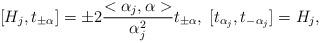
LaTeX: \begin{align*}[H_{j},t_{\pm \alpha}]=\pm 2\frac{<\alpha_{j},\alpha>}{\alpha_{j}^{2}}t_{\pm \alpha},\;[t_{\alpha_{j}},t_{-\alpha_{j}}]=H_{j},\end{align*}